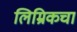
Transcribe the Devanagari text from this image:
लिम्रिकचा